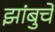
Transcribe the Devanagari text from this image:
झांबुचे